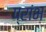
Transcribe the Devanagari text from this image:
प्रांभ